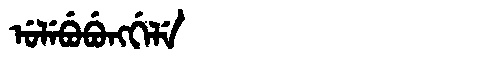
Manchu: ᡠᠯᡝᠪᡠᠪᡠᠩᡤᡝᠯᡝ
Romanization: ULEBUBUNGGELE